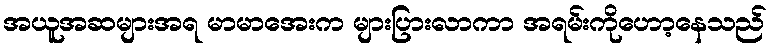
အယူအဆများအရ မာမာအေးက များပြားလာကာ အရမ်းကိုဟော့နေသည်